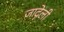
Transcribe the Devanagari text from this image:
जाद्गेली